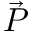
\vec { P }